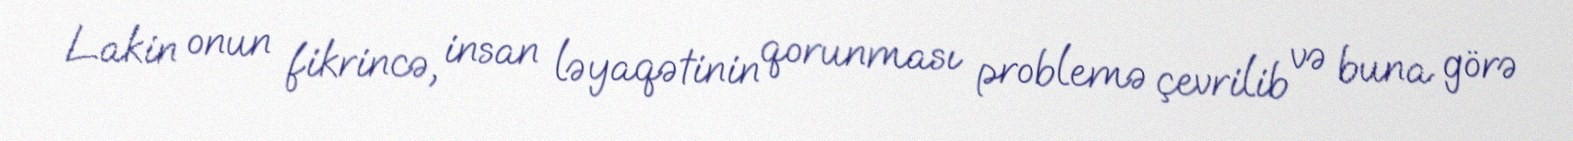
Lakin onun fikrincə, insan ləyaqətinin qorunması problemə çevrilib və buna görə